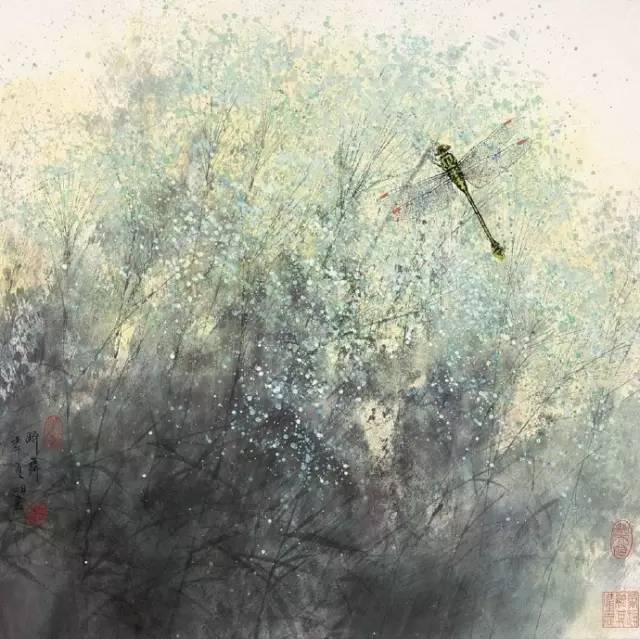
吠犬杂鸣鸡，灯火荧荧归路迷。